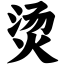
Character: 烫